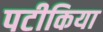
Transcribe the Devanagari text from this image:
पटीकिया